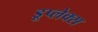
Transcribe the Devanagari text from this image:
डूप्लेक्स